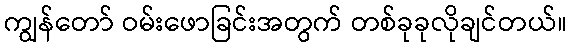
ကျွန်တော် ဝမ်းဖောခြင်းအတွက် တစ်ခုခုလိုချင်တယ်။